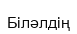
Біләлдің